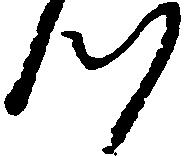
つ